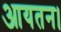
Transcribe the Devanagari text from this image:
आयतन।